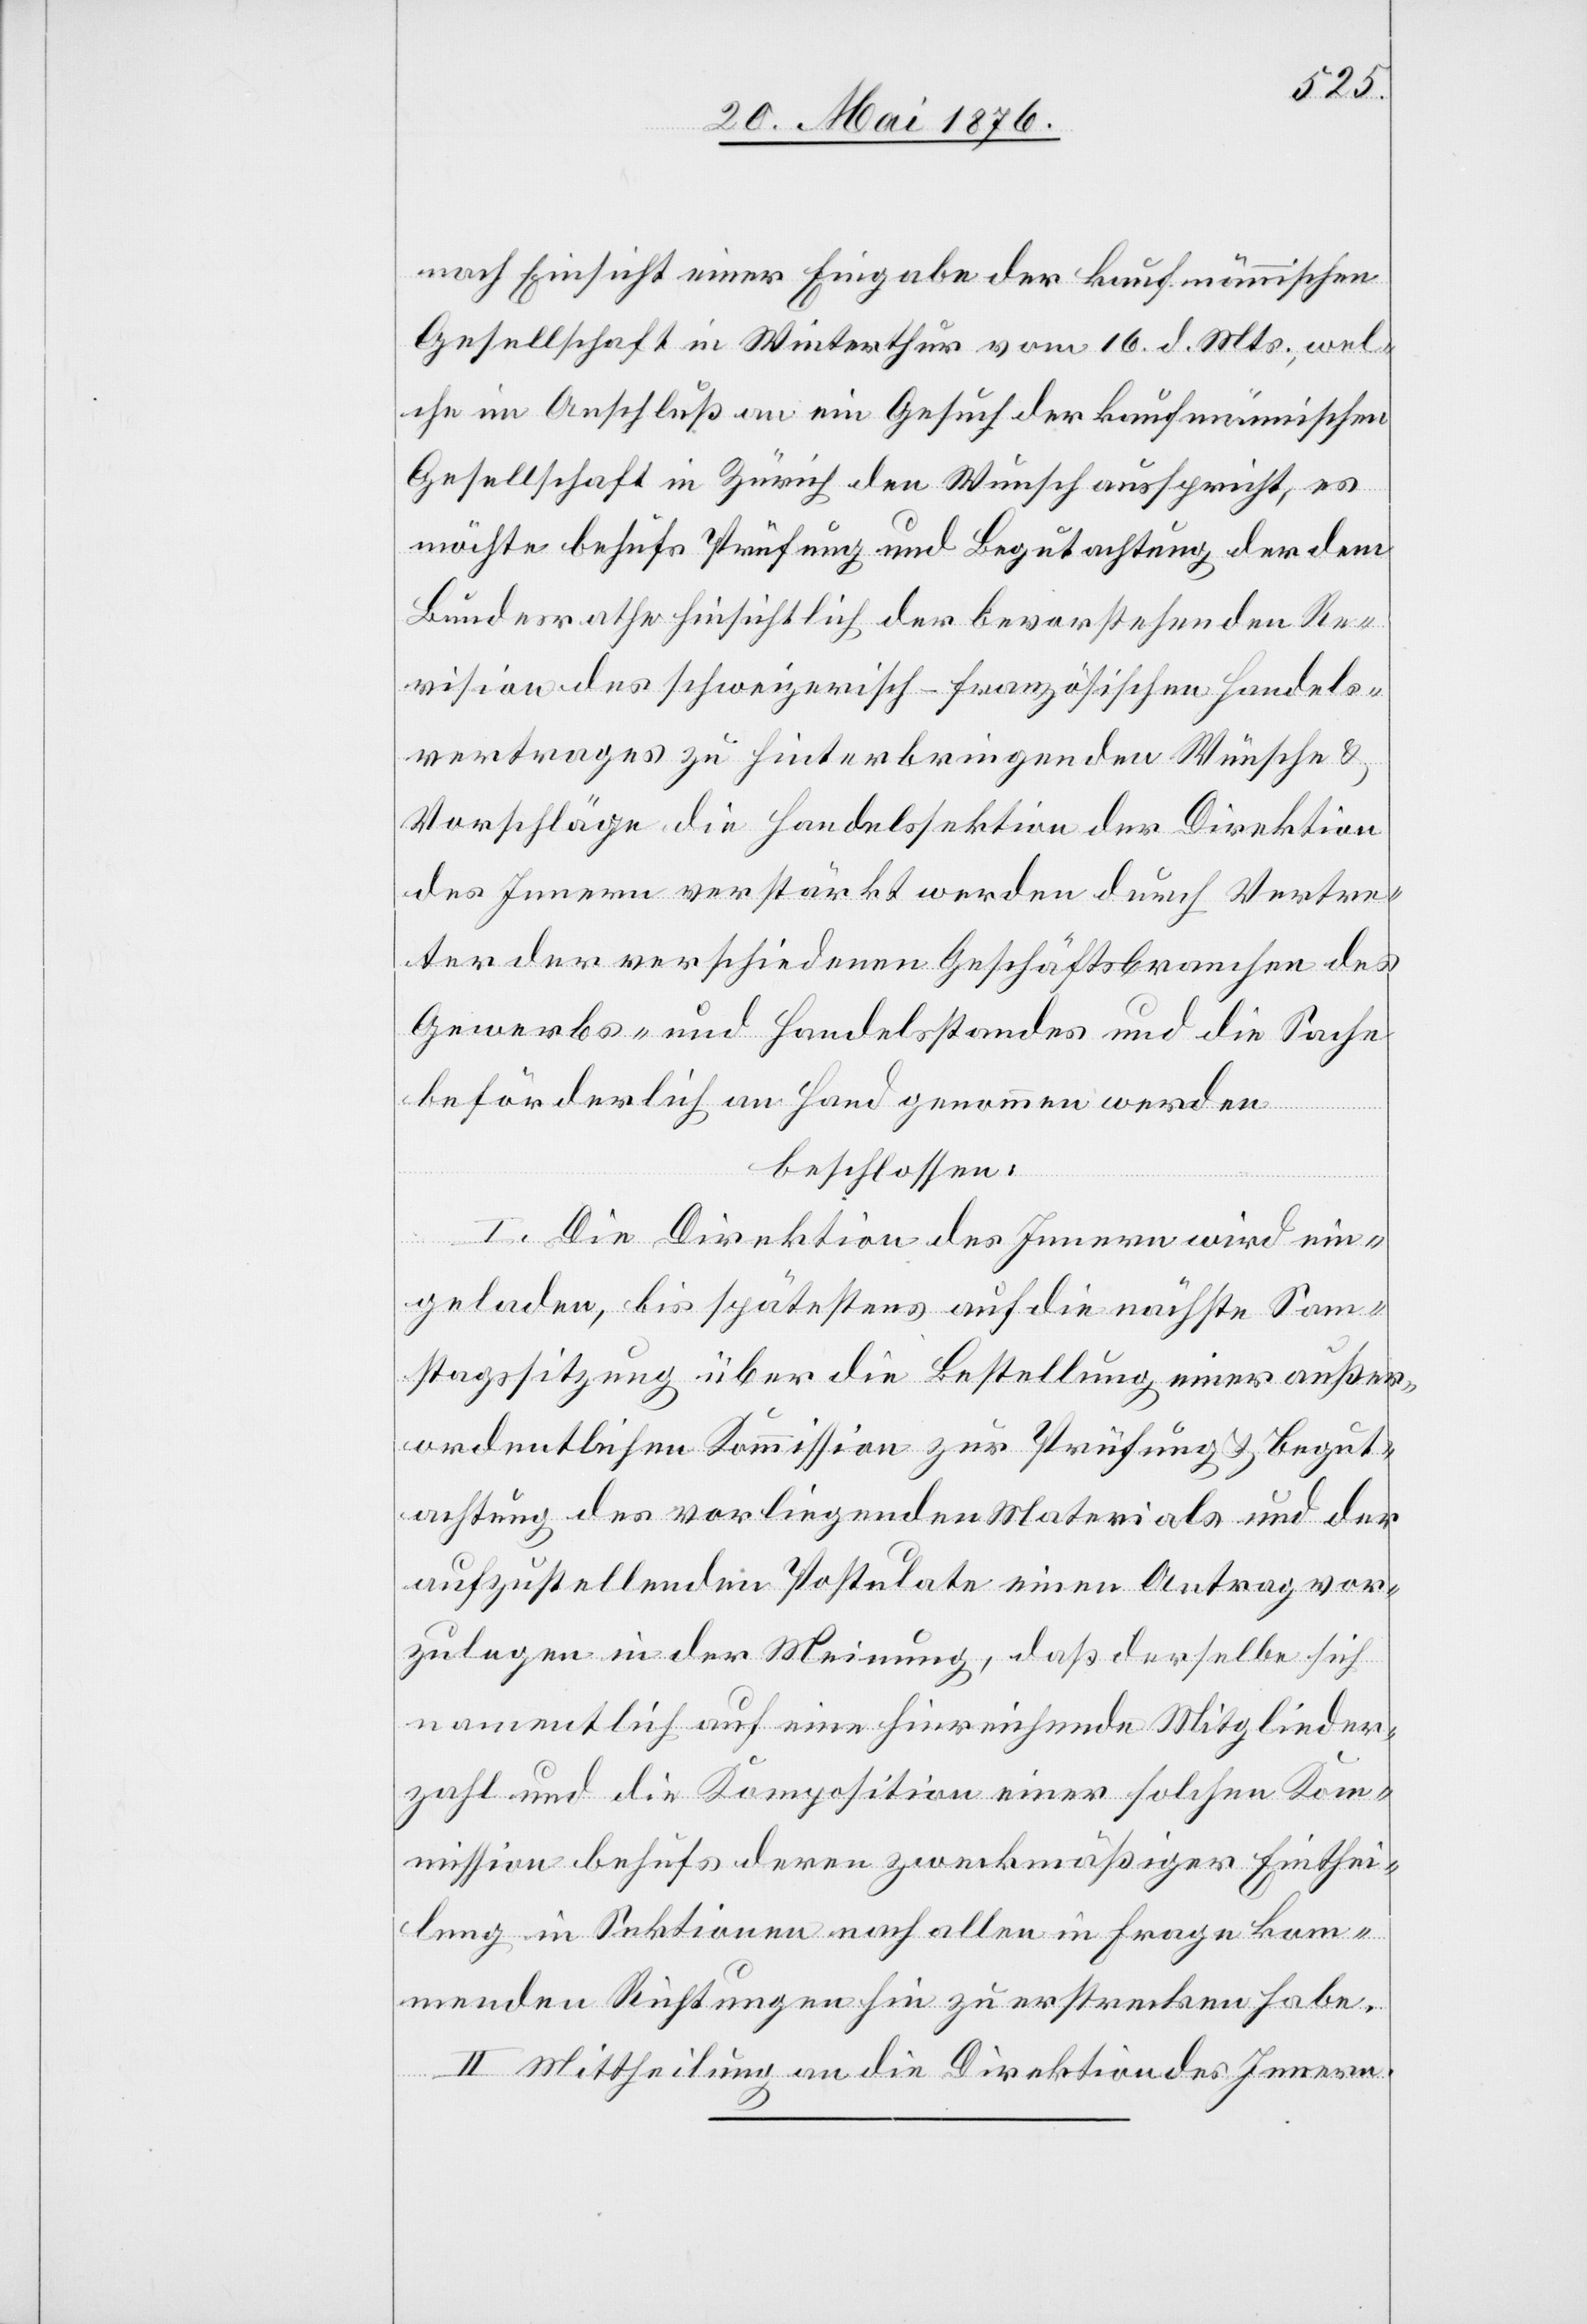
nach Einsicht einer Eingabe der kaufmännischen
Gesellschaft in Winterthur vom 16. d. Mts., wel¬
che im Anschluß an ein Gesuch der kaufmännischen
Gesellschaft in Zürich den Wunsch ausspricht, es
möchte behufs Prüfung und Begutachtung der dem
Bundesrathe hinsichtlich der bevorstehenden Re¬
vision des schweizerisch-französischen Handels¬
vertrages zu hinterbringenden Wünsche &
Vorschläge die Handelssektion der Direktion
des Innern verstärkt werden durch Vertre¬
ter der verschiedenen Geschäftsbranchen des
Gewerbs- und Handelsstandes und die Sache
beförderlich an Hand genommen werden
beschlossen:
I. Die Direktion des Innern wird ein¬
geladen, bis spätestens auf die nächste Somm¬
ersitzung über die Bestellung einer außer¬
ordentlichen Kommission zur Prüfung & Begut¬
achtung des vorliegenden Materials und der
aufzustellenden Postulate einen Antrag vor¬
zulegen in der Meinung, daß derselbe sich
namentlich auf eine hinreichende Mitglieder¬
zahl und die Komposition einer solchen Kom¬
mission behufs deren zweckmäßiger Einthei¬
lung in Sektionen nach allen in Frage kom¬
menden Richtungen hin zu erstrecken habe.
II. Mittheilung an die Direktion des Innern.